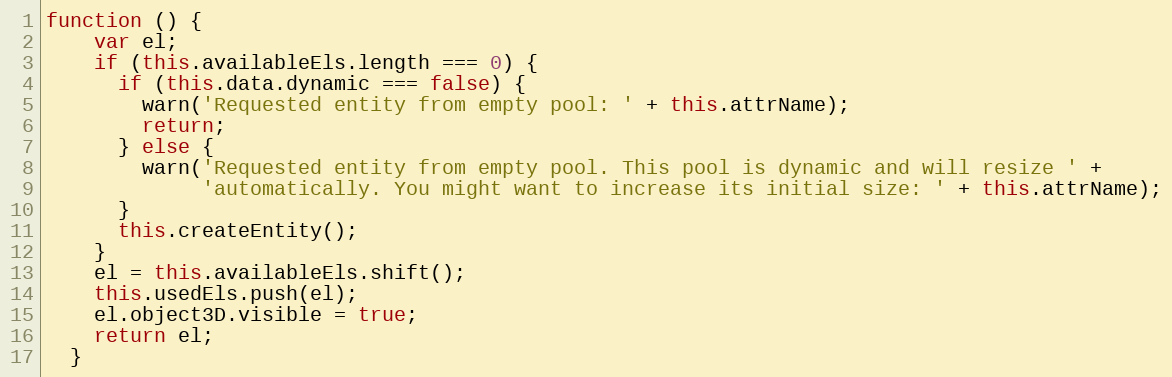
Language: JavaScript
function () {
    var el;
    if (this.availableEls.length === 0) {
      if (this.data.dynamic === false) {
        warn('Requested entity from empty pool: ' + this.attrName);
        return;
      } else {
        warn('Requested entity from empty pool. This pool is dynamic and will resize ' +
             'automatically. You might want to increase its initial size: ' + this.attrName);
      }
      this.createEntity();
    }
    el = this.availableEls.shift();
    this.usedEls.push(el);
    el.object3D.visible = true;
    return el;
  }